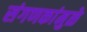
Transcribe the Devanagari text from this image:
संगणकांमुळे